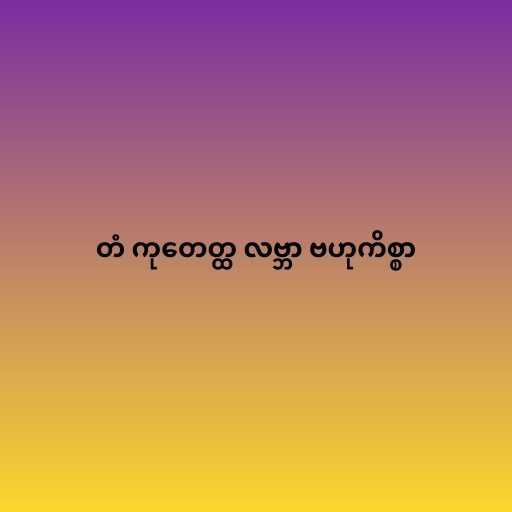
တံ ကုတေတ္ထ လဗ္ဘာ ဗဟုကိစ္စာ